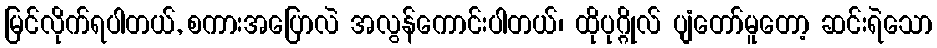
မြင်လိုက်ရပါတယ်, စကားအပြောလဲ အလွန်ကောင်းပါတယ်၊ ထိုပုဂ္ဂိုလ် ပျံတော်မူတော့ ဆင်းရဲသော